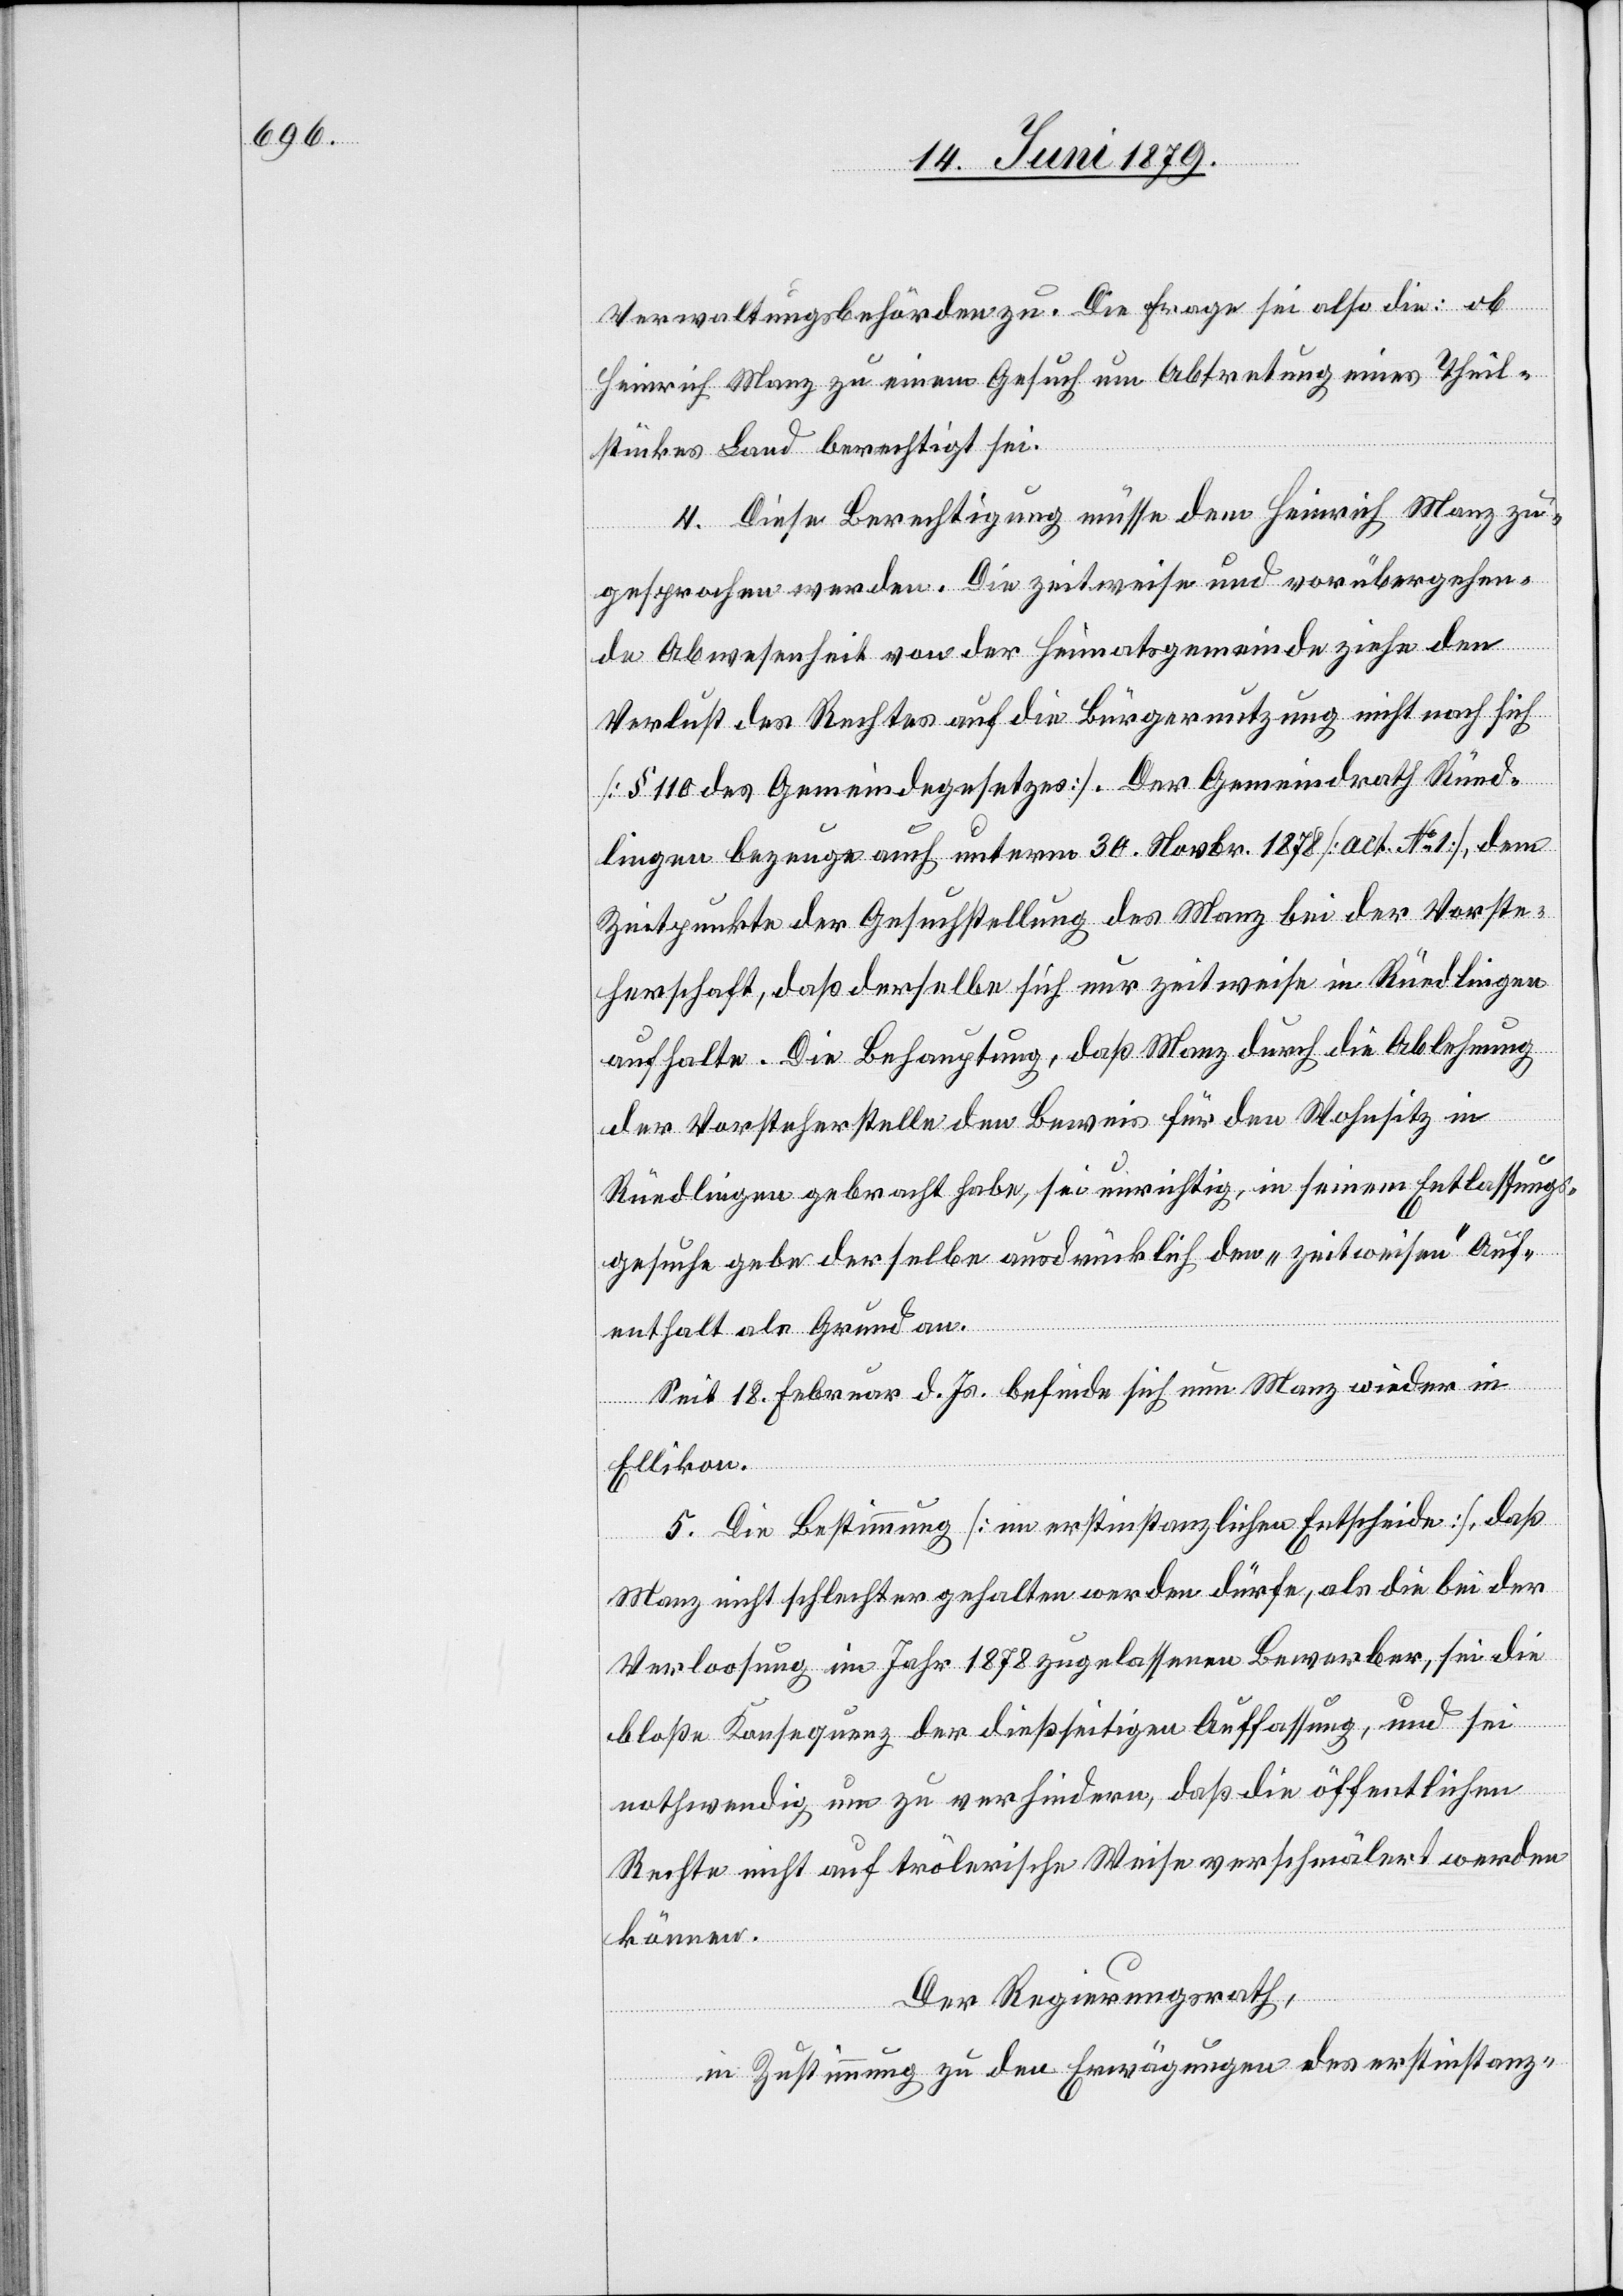
Verwaltungsbehörden zu. Die Frage sei also die: ob
Heinrich Manz zu einem Gesuch um Abtretung eines Theil¬
stückes Land berechtigt sei.
4. Diese Berechtigung müsse dem Heinrich Manz zu¬
gesprochen werden. Die zeitweise und vorübergehen¬
de Abwesenheit von der Heimatsgemeinde ziehe den
Verlust des Rechtes auf die Bürgernutzung nicht nach sich
[§ 110 des Gemeindegesetzes]. Der Gemeindrath Rüed¬
lingen bezeuge auch unterm 30. Novbr. 1878 [act. No 1], dem
Zeitpunkte der Gesuchstellung des Manz bei der Vorste¬
herschaft, daß derselbe sich nur zeitweise in Rüedlingen
aufhalte. Die Behauptung, daß Manz durch die Ablehnung
der Vorsteherstelle den Beweis für den Wohnsitz in
Rüedlingen gebracht habe, sei unrichtig, in seinem Entlassungs¬
gesuche gebe derselbe ausdrücklich den „zeitweisen“ Auf¬
enthalt als Grund an.
Seit 18. Februar d. Js. befinde sich nun Manz wieder in
Ellikon.
5. Die Bestimmung [im erstinstanzlichen Entscheide], daß
Manz nicht schlechter gehalten werden dürfe, als die bei der
Verloosung im Jahr 1878 zugelassenen Bewerber, sei die
bloße Konsequenz der dießseitigen Auffassung, und sei
nothwendig um zu verhindern, daß die öffentlichen
Rechte nicht auf trölerische Weise verschmälert werden
können.
Der Regierungsrath,
in Zustimmung zu den Erwägungen des erstinstanz-